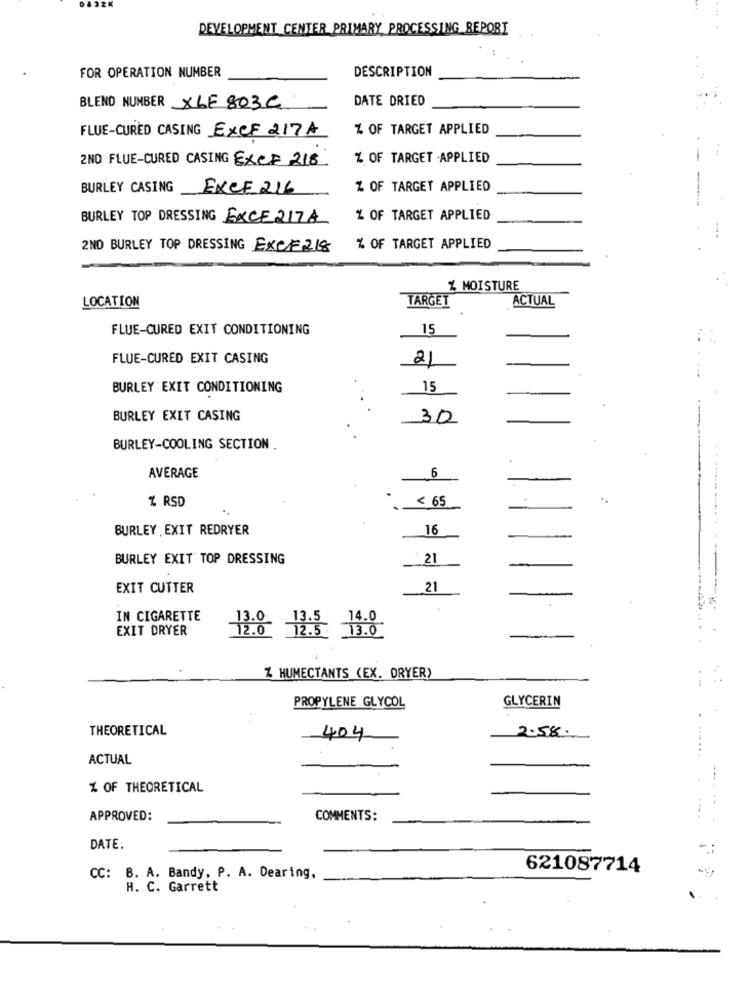
DEVELOPMENT CENTER PRIMARY PROCESSING_REPORT
FOR OPERATION NUMBER
DESCRIPTION
DATE DRIED
BLEND NUMBER XLE 803C
FLUE-CURED CASING EXCF 217A
% OF TARGET APPLIED
2ND FLUE-CURED CASING ExCF 218
% OF TARGET -APPLIED
BURLEY CASING EXCE 216
% OF TARGET APPLIED
BURLEY TOP DRESSING EXCE 217A
% OF TARGET APPLIED
2ND BURLEY TOP DRESSING EXCE 218
% OF TARGET APPLIED
% MOISTURE
LOCATION
TARGET
ACTUAL
FLUE-CURED EXIT CONDITIONING
15
FLUE-CURED EXIT CASING
21
BURLEY EXIT CONDITIONING
15
BURLEY EXIT CASING
30
BURLEY-COOLING SECTION .
6
AVERAGE
% RSD
< 65
BURLEY EXIT REDRYER
16
BURLEY EXIT TOP DRESSING
21
EXIT CUTTER
21
---
IN CIGARETTE
14.0
EXIT DRYER
12.0 12:3
13.0
Z HUMECTANTS (EX. DRYER)
PROPYLENE GLYCOL
GLYCERIN
THEORETICAL
2.58.
404
ACTUAL
% OF THEORETICAL
APPROVED:
COMMENTS:
DATE:
621087714
CC: B. A. Bandy, P. A. Dearing,
H. C. Garrett